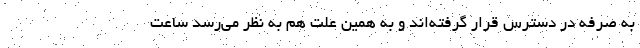
به صرفه در دسترس قرار گرفته‌اند و به همین علت هم به نظر می‌رسد ساعت